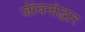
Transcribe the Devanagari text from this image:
जीवनोद्धार